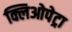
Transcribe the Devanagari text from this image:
क्लिओपेट्रा